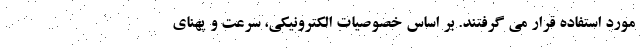
مورد استفاده قرار می گرفتند. بر اساس خصوصیات الکترونیکی، سرعت و پهنای